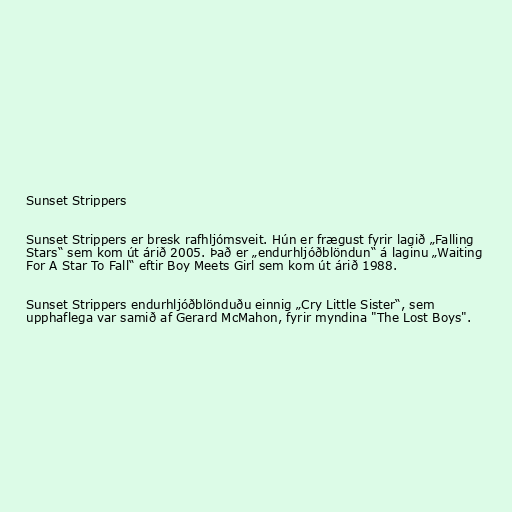
Sunset Strippers

Sunset Strippers er bresk rafhljómsveit. Hún er frægust fyrir lagið „Falling
Stars“ sem kom út árið 2005. Það er „endurhljóðblöndun“ á laginu „Waiting
For A Star To Fall“ eftir Boy Meets Girl sem kom út árið 1988.

Sunset Strippers endurhljóðblönduðu einnig „Cry Little Sister“, sem
upphaflega var samið af Gerard McMahon, fyrir myndina "The Lost Boys".